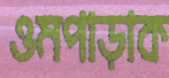
ওমপাড়াক